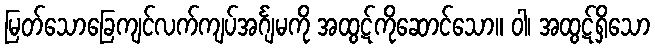
မြတ်သောခြေကျင်လက်ကျပ်အင်္ဂျမကို အထွဋ်ကိုဆောင်သော။ ဝါ၊ အထွဋ်ရှိသော